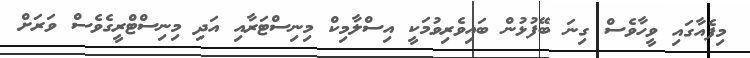
މިފެއާގައި ވީހާވެސް ގިނަ ބޭފުޅުން ބައިވެރިވުމަކީ އިސްލާމިކް މިނިސްޓަރާއި އަދި މިނިސްޓްރީގެވެސް ވަރަށް